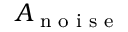
A _ { \textrm { n o i s e } }